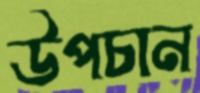
উপচান